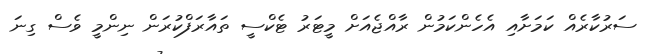
ސަރުކާރެއް ކަމަށާއި އެހެންކަމުން ރާއްޖެއަށް މީޓަރު ޓެކްސީ ތައާރަފްކުރަން ނިންމީ ވެސް ގިނަ